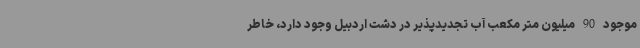
موجود 90 میلیون متر مکعب آب تجدیدپذیر در دشت اردبیل وجود دارد، خاطر